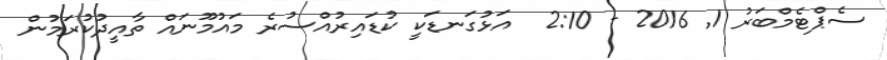
ސެޕްޓެމްބަރު 1